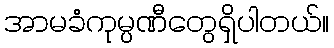
အာမခံကုမ္ပဏီတွေရှိပါတယ်။